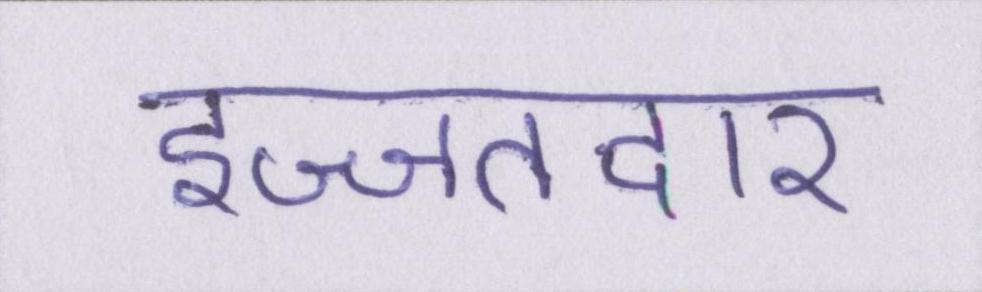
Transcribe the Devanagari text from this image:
इज्जतदार